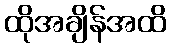
ထိုအချိန်အထိ